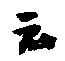
云